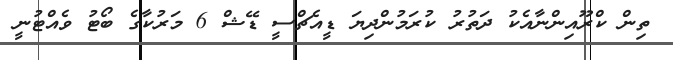
ތިން ކްރޫއިންނާއެކު ދަތުރު ކުރަމުންދިޔަ ޑީއެޗްސީ ޑޭޝް 6 މަރުކާގެ ބޯޓު ވެއްޓުނީ